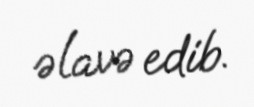
əlavə edib.